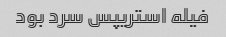
فیله استریپس سرد بود